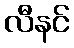
လီနင်